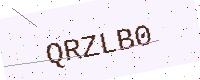
Text: QRZLB0